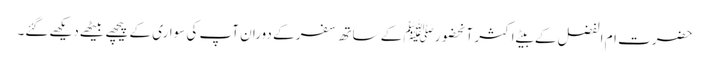
حضرت ام الفضل کے بیٹے اکثر آنحضورﷺ کے ساتھ سفر کے دوران آپ کی سواری کے پیچھے بیٹھےدیکھےگئے۔